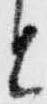
と